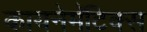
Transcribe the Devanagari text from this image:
कायनेमॅटिक्स